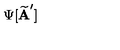
\Psi [ \widetilde { \bf A } ^ { \prime } ]